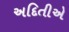
અદિતીએ